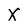
Character: X